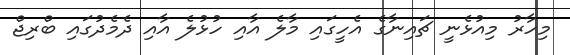
މިހާރު މިއުޅެނީ ޗައިނާގެ އެހީގައި މާލެ އާއި ހުޅުލެ އާއި ދެމެދުގައި ބްރިޖް